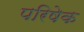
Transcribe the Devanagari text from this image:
परिषेक